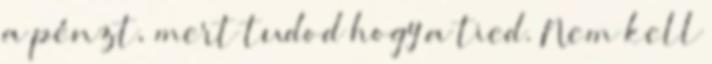
a pénzt, mert tudod hogy a tied. Nem kell